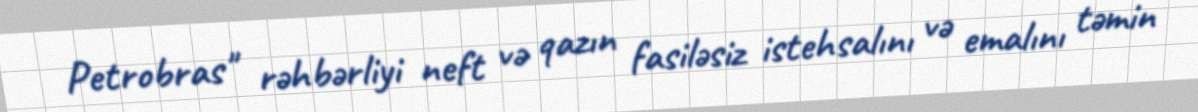
Petrobras" rəhbərliyi neft və qazın fasiləsiz istehsalını və emalını təmin